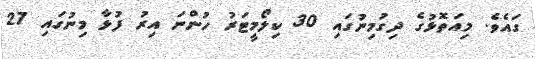
ގައެވެ. މިއަތޮޅުގެ ދިގުމިނުގައި 30 ކިލޯމީޓަރު ހުންނަ އިރު ފުޅާ މިނުގައި 27